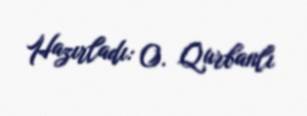
Hazırladı: O. Qurbanlı